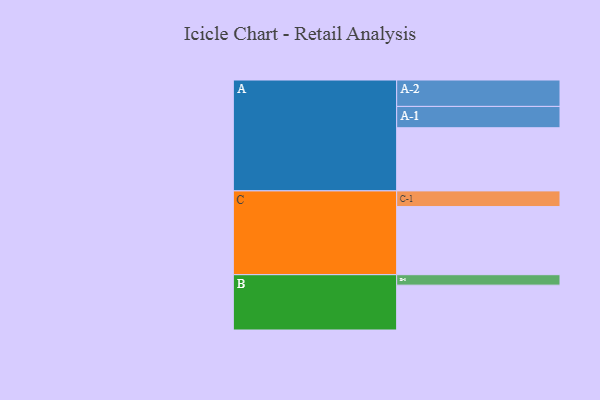
{"axis": {"x": "Segment", "y": "Value"}, "legend": ["", "A", "B", "C"], "data": [{"x": "A", "y": 459, "type": ""}, {"x": "B", "y": 326, "type": ""}, {"x": "C", "y": 495, "type": ""}, {"x": "A-1", "y": 155, "type": "A"}, {"x": "A-2", "y": 192, "type": "A"}, {"x": "B-1", "y": 76, "type": "B"}, {"x": "C-1", "y": 114, "type": "C"}]}